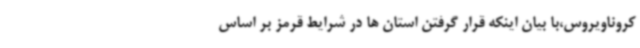
کروناویروس،با بیان اینکه قرار گرفتن استان ها در شرایط قرمز بر اساس